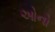
ઓનો